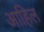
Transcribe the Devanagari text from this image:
आहिल